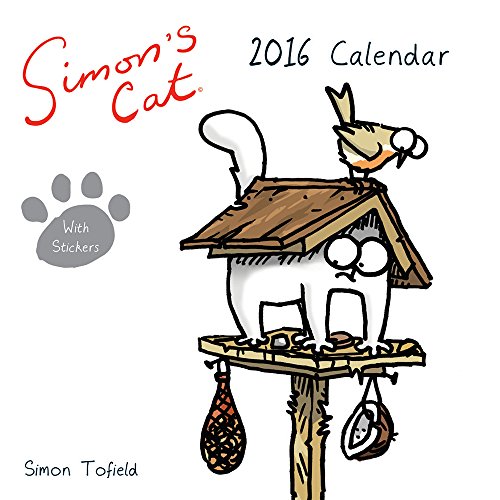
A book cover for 22016 SIMONS CAT WALL CALENDAR; Calendars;